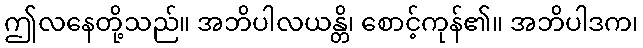
ဤလနေတို့သည်။ အဘိပါလယန္တိ၊ စောင့်ကုန်၏။ အဘိပါဒက၊